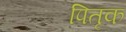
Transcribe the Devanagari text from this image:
पितृक